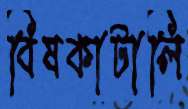
বিষকাটালি